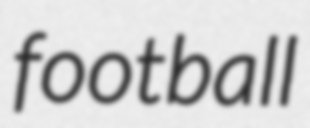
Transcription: football